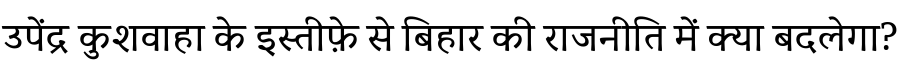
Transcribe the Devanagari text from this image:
उपेंद्र कुशवाहा के इस्तीफ़े से बिहार की राजनीति में क्या बदलेगा?